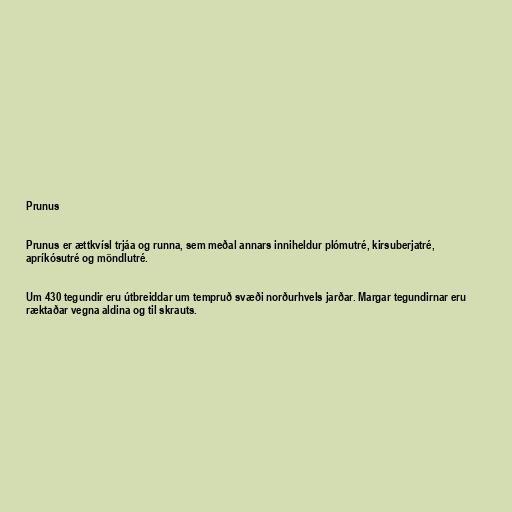
Prunus

Prunus er ættkvísl trjáa og runna, sem meðal annars inniheldur plómutré, kirsuberjatré,
apríkósutré og möndlutré.

Um 430 tegundir eru útbreiddar um tempruð svæði norðurhvels jarðar. Margar tegundirnar eru
ræktaðar vegna aldina og til skrauts.